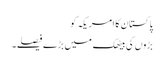
پاکستان کا امریکہ کو
بڑوں کی بیٹھک میں بڑے فیصلے۔